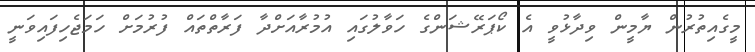
މީގެއިތުރުން ޔާމީން ވިދާޅުވީ އެ ކޯޕަރޭޝަންގެ ހަވާލުގައި އުމުރާއަށްދާ ފަރާތްތައް ފުރުމަށް ހަމަޖެހިފައިވަނީ